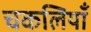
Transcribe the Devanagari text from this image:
चकलियाँ